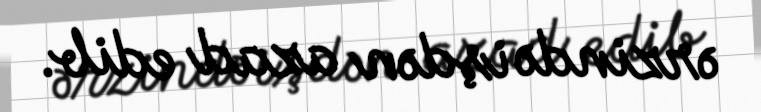
ərzində işdən azad edib.